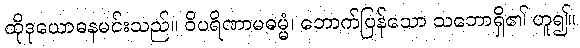
ထိုဒုယောဓနမင်းသည်။ ဝိပရိဏာမဓမ္မံ၊ ဘောက်ပြန်သော သဘောရှိ၏ ဟူ၍။